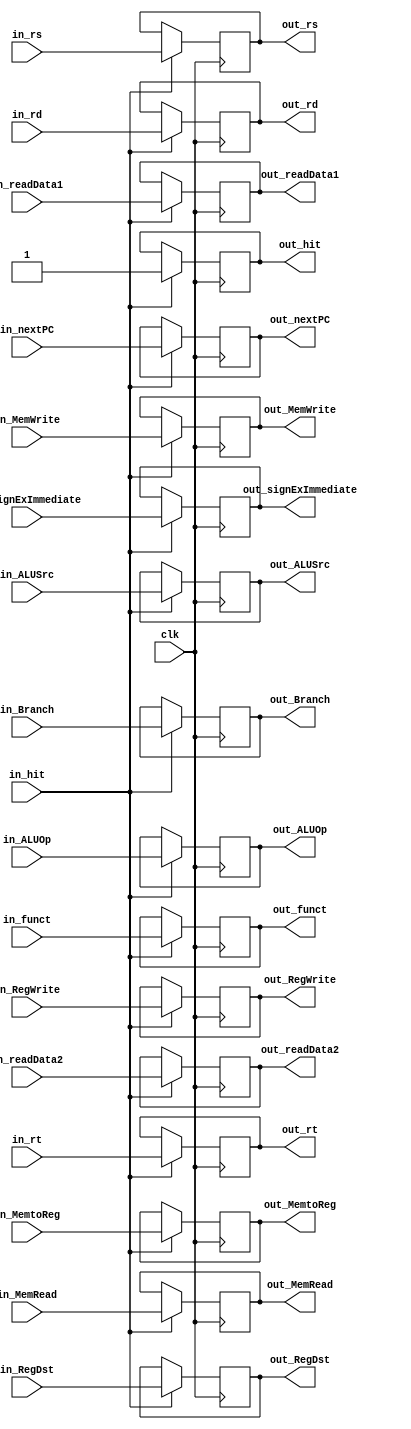
`timescale 1ns / 1ps
module reg_IDEX (
	input						clk,
	
	input						in_hit,
	input			[31:0]	in_readData1,
	input			[31:0]	in_readData2,
	input			[31:0]	in_signExImmediate,
	input						in_RegDst,
	input						in_ALUSrc,
	input						in_MemtoReg,
	input						in_RegWrite,
	input						in_MemRead,
	input						in_MemWrite,
	input						in_Branch,
	input			[2:0]		in_ALUOp,
	input			[4:0]		in_rs,
	input			[4:0]		in_rt,
	input			[4:0]		in_rd,
	input			[5:0]		in_funct,
	input			[31:0]	in_nextPC,
	
	output reg				out_hit,
	output reg	[31:0]	out_readData1,
	output reg	[31:0]	out_readData2,
	output reg	[31:0]	out_signExImmediate,
	output reg				out_RegDst,
	output reg				out_ALUSrc,
	output reg				out_MemtoReg,
	output reg				out_RegWrite,
	output reg				out_MemRead,
	output reg				out_MemWrite,
	output reg				out_Branch,
	output reg	[2:0]		out_ALUOp,
	output reg	[4:0]		out_rs,
	output reg	[4:0]		out_rt,
	output reg	[4:0]		out_rd,
	output reg	[5:0]		out_funct,
	output reg	[31:0]	out_nextPC
);

	always @(negedge clk)
		if (in_hit)
			{ out_hit, out_readData1, out_readData2, out_signExImmediate, out_RegDst, out_ALUSrc, out_MemtoReg, out_RegWrite, out_MemRead, out_MemWrite, out_Branch, out_ALUOp, out_rs, out_rt, out_rd, out_funct, out_nextPC } =
			{ in_hit,  in_readData1,  in_readData2,  in_signExImmediate,  in_RegDst,  in_ALUSrc,  in_MemtoReg,  in_RegWrite,  in_MemRead,  in_MemWrite,  in_Branch,  in_ALUOp,  in_rs,  in_rt,  in_rd,  in_funct,  in_nextPC  };
	
	initial
		{ out_hit, out_readData1, out_readData2, out_signExImmediate, out_RegDst, out_ALUSrc, out_MemtoReg, out_RegWrite, out_MemRead, out_MemWrite, out_Branch, out_ALUOp, out_rs, out_rt, out_rd, out_funct, out_nextPC } = 0;

endmodule